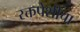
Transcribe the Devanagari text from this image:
रक्तपेशीचा